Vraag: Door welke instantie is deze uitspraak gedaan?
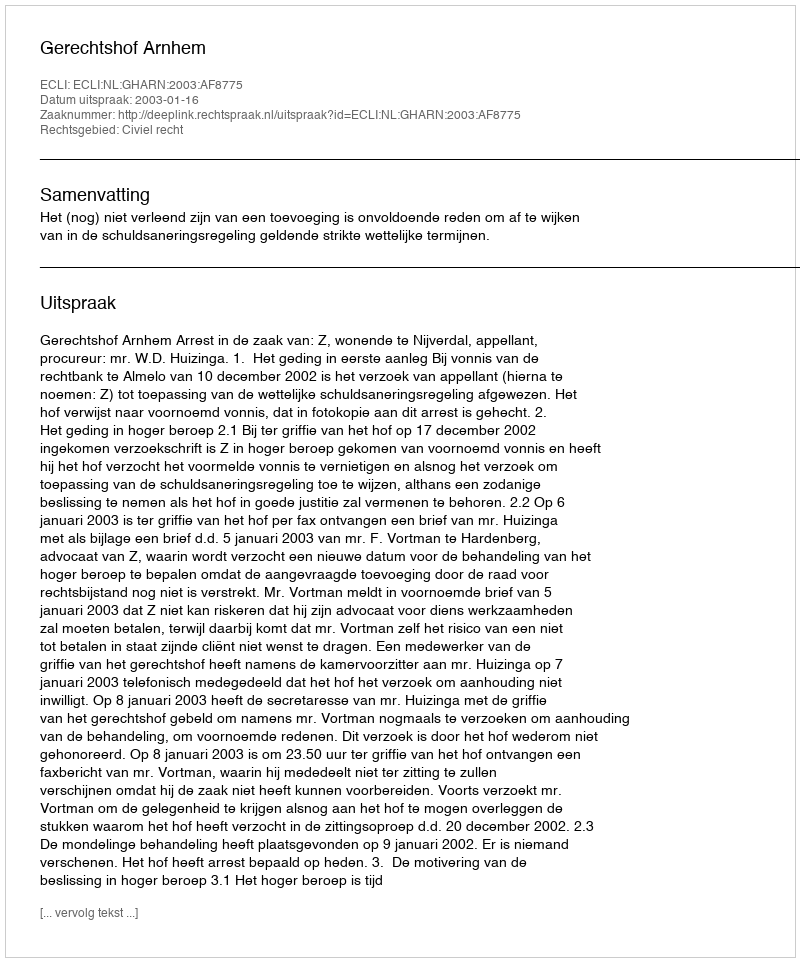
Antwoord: Gerechtshof Arnhem